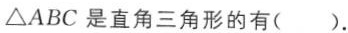
△ABC是直角三角形的有().